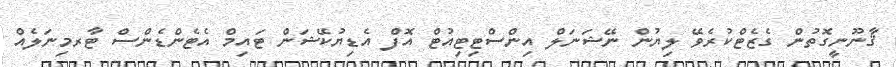
ޤާނޫނީގޮތުން ގެޒެޓްކުރެވޭ ލިޔުން ނޭޝަނަލް އިންސްޓިޓިއުޓް އޮފް އެޑިޔުކޭޝަން ޓައިމް އެޓެންޑެންސް ޓާރމިނަލެއް